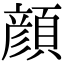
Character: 顔